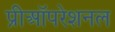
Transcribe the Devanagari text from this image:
प्रीऑपरेशनल